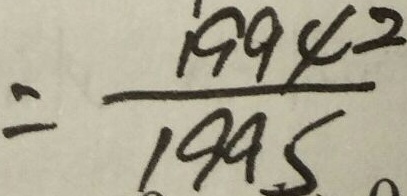
= \frac { 1 9 9 4 2 } { 1 9 9 5 }